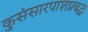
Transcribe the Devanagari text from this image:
कुसंसारपाशप्रबद्धः